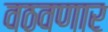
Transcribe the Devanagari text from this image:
वठवणार